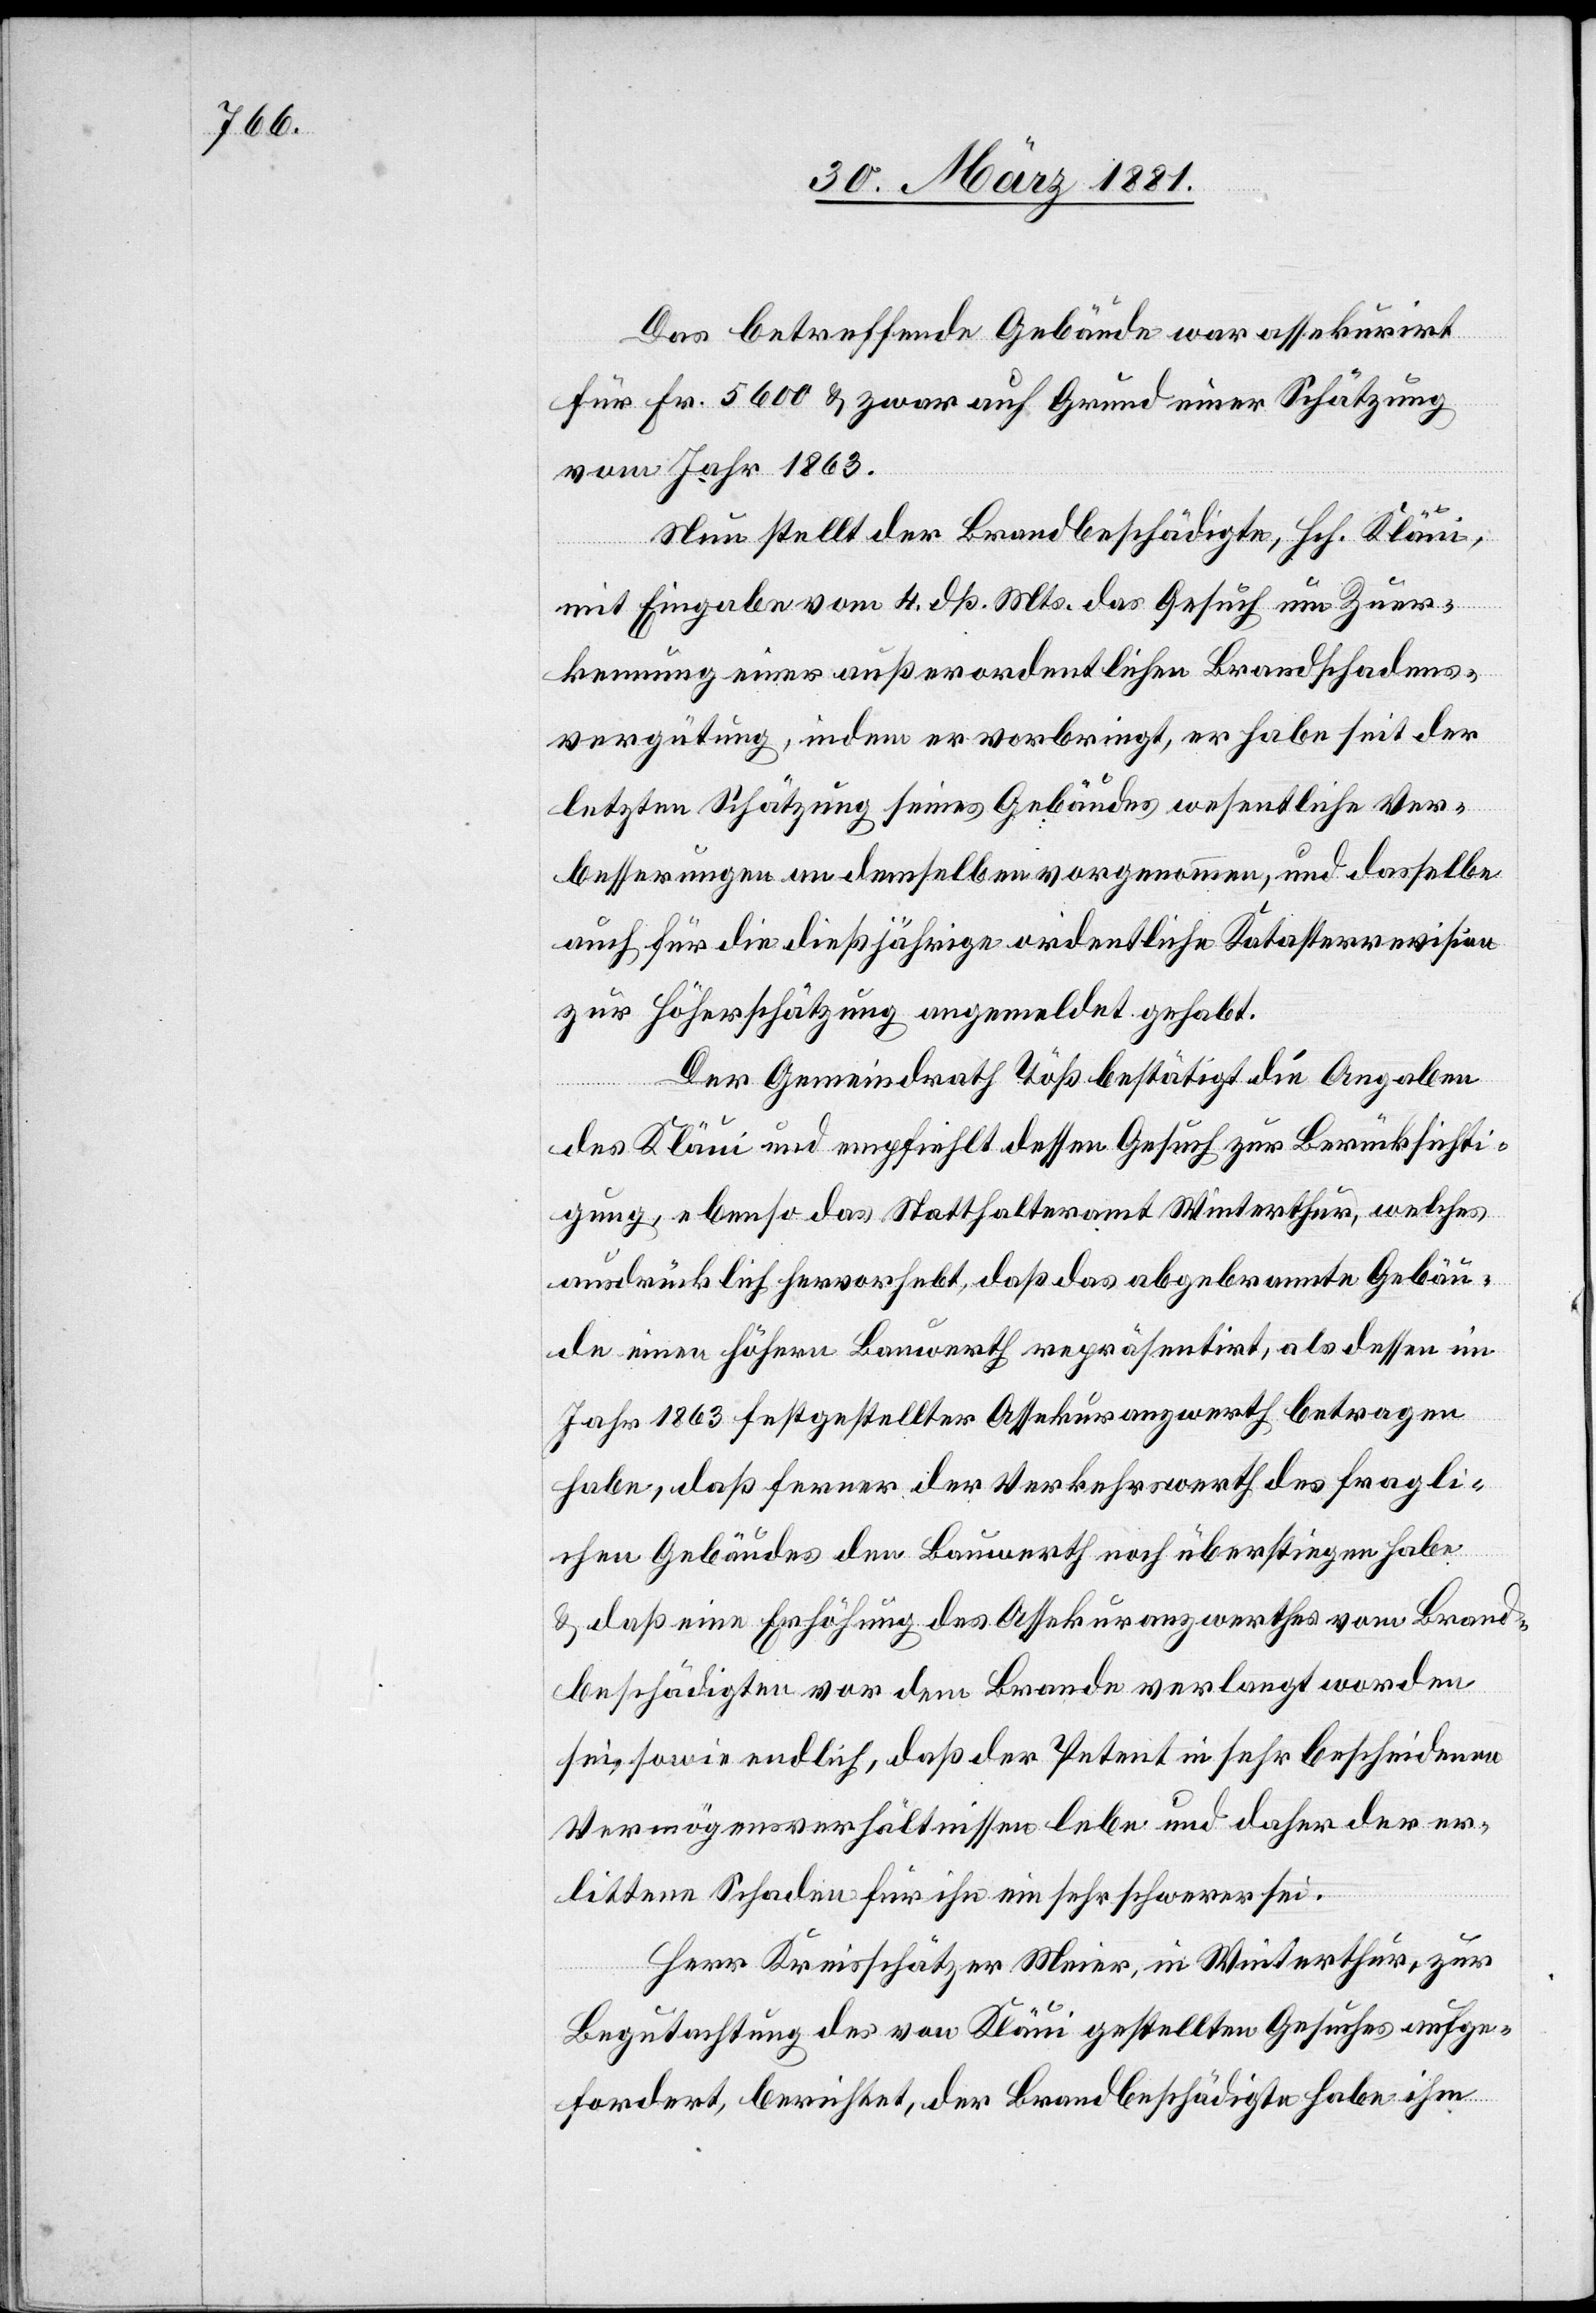
Das betreffende Gebäude war assekurirt
für Fr. 5600 & zwar auf Grund einer Schätzung
vom Jahr 1863.
Nun stellt der Brandbeschädigte, Hch. Kläui,
mit Eingabe vom 4. dß. Mts. das Gesuch um Zuer¬
kennung einer außerordentlichen Brandschadens¬
vergütung, indem er vorbringt, er habe seit der
letzten Schätzung seines Gebäudes wesentliche Ver¬
besserungen an demselben vorgenommen, und dasselbe
auch für die dießjährige ordentliche Katasterrevision
zur Höherschätzung angemeldet gehabt.
Der Gemeindrath Töß bestätigt die Angaben
des Kläui und empfiehlt dessen Gesuch zur Berücksichti¬
gung, ebenso das Statthalteramt Winterthur, welches
ausdrücklich hervorhebt, daß das abgebrannte Gebäu¬
de einen höhern Bauwerth repräsentirt, als dessen im
Jahr 1863 festgestellter Assekuranzwerth betragen
habe, daß ferner der Verkehrswerth des fragli¬
chen Gebäudes den Bauwerth noch überstiegen habe
& daß eine Erhöhung des Assekuranzwerthes vom Brand¬
beschädigten vor dem Brande verlangt worden
sei, sowie endlich, daß der Petent in sehr bescheidenen
Vermögensverhältnissen lebe und daher der er¬
littene Schaden für ihn ein sehr schwerer sei.
Herr Kreisschätzer Meier, in Winterthur, zur
Begutachtung des von Kläui gestellten Gesuches aufge¬
fordert, berichtet, der Brandbeschädigte habe ihm